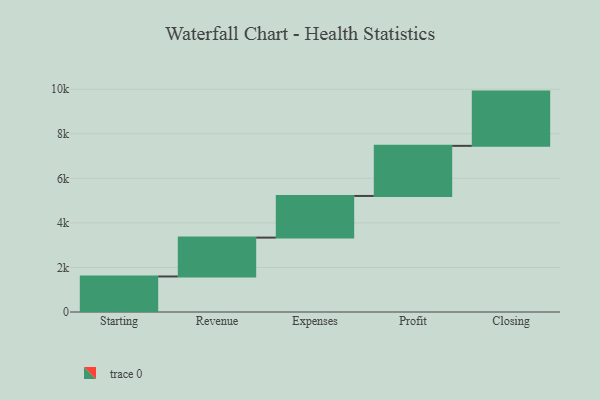
{"axis": {"x": "Step", "y": "Value"}, "legend": [""], "data": [{"x": "Starting", "y": 1595.0, "type": ""}, {"x": "Revenue", "y": 1744.0, "type": ""}, {"x": "Expenses", "y": 1870.0, "type": ""}, {"x": "Profit", "y": 2249.0, "type": ""}, {"x": "Closing", "y": 2435.0, "type": ""}]}